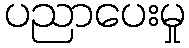
ပညာပေးမှု